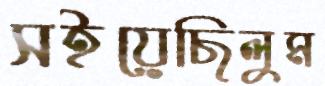
সইয়েছিলুম